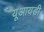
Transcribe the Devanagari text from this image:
यूआयडी